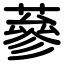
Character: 蔘